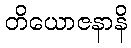
တိယောဇနာနိ